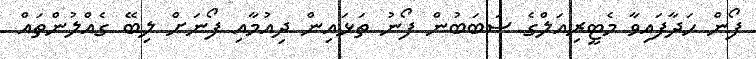
ފޯން ހަދާފައިވާ މެޓީރިއަލްގެ ސަބަބުން ފޯނު ތަޅައިން ދިއުމާއި ފޯނަށް ލިބޭ ގެއްލުންތައް